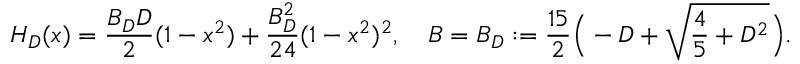
H _ { D } ( x ) = \frac { B _ { D } D } { 2 } ( 1 - x ^ { 2 } ) + \frac { B _ { D } ^ { 2 } } { 2 4 } ( 1 - x ^ { 2 } ) ^ { 2 } , \quad B = B _ { D } : = \frac { 1 5 } { 2 } \Big ( - D + \sqrt { \frac 4 5 + D ^ { 2 } } \Big ) .